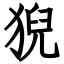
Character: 猊